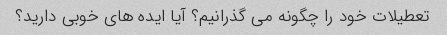
تعطیلات خود را چگونه می گذرانیم؟ آیا ایده های خوبی دارید؟